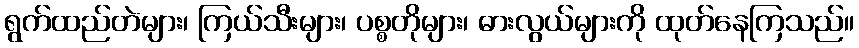
ရွက်ထည်တဲများ၊ ကြယ်သီးများ၊ ပစ္စတိုများ၊ ဓားလွယ်များကို ထုတ်နေကြသည်။